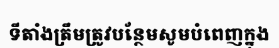
ទីតាំងត្រឹមត្រូវបន្ថែមសូមបំពេញក្នុង